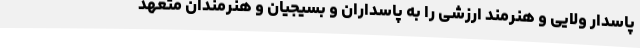
پاسدار ولایی و هنرمند ارزشی را به پاسداران و بسیجیان و هنرمندان متعهد